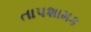
તાપશામક